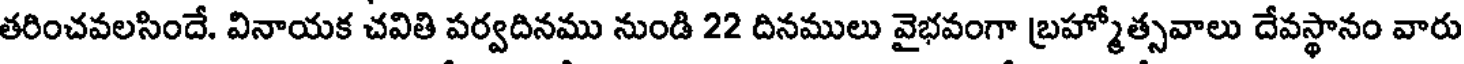
తరించవలసిందే. వినాయక చవితి పర్వదినము నుండి 22 దినములు వైభవంగా బ్రహ్మోత్సవాలు దేవస్థానం వారు